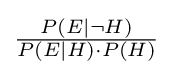
{\tfrac {P(E\mid \neg H)}{P(E\mid H)\cdot P(H)}}